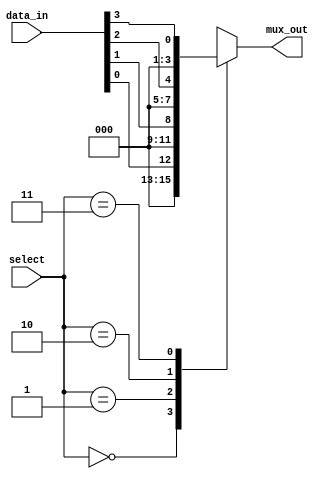
module parallel_case_mux (
    input wire [1:0] select,
    input wire [3:0] data_in,
    output reg [3:0] mux_out
);

always @(*)
begin
    case(select)
        2'b00: mux_out = data_in[0]; // output data_in[0] when select is 00
        2'b01: mux_out = data_in[1]; // output data_in[1] when select is 01
        2'b10: mux_out = data_in[2]; // output data_in[2] when select is 10
        2'b11: mux_out = data_in[3]; // output data_in[3] when select is 11
        default: mux_out = 4'b0000; // default output is 0000
    endcase
end

endmodule